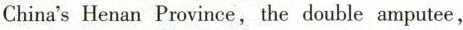
China's Henan Province,the double amputee,